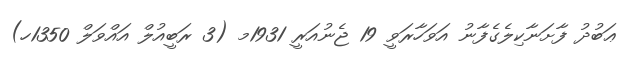
ޢަބުދު ފާށަނާކިލެގެފާނު އަވަހާރަވީ 19 ޖެނުއަރީ 1931މ (3 ރަބީއުލް އައްވަލް 1350ހ)